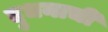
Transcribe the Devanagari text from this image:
दुधनाची